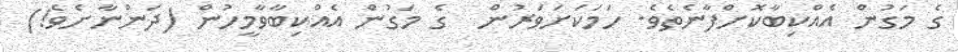
ގެ މަގުން އެއްކިބާކޮށްފާނެތެވެ. ހަމަކަށަވަރުން  ގެ މަގުން އެއްކިބާވާމީހުން (ދަންނާށެވެ!)